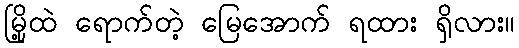
မြို့ထဲ ရောက်တဲ့ မြေအောက် ရထား ရှိလား။